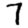
Digit: 7